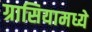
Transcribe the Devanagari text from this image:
ग्रासियामध्ये